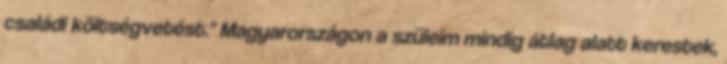
családi költségvetést." Magyarországon a szüleim mindig átlag alatt kerestek,